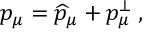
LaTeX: p _ { \mu } = \widehat { p } _ { \mu } + p _ { \mu } ^ { \bot } \; ,